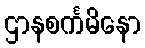
ဌာနစင်္ကမိနော